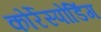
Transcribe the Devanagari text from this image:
कोर्रेस्पोंडिंग